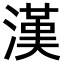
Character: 漢